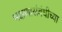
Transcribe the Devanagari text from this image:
भक्षणासंबंधीच्या